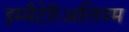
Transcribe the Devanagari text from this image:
इम्मैटेरिअलिज्म